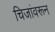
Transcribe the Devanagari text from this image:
चिजांवरून